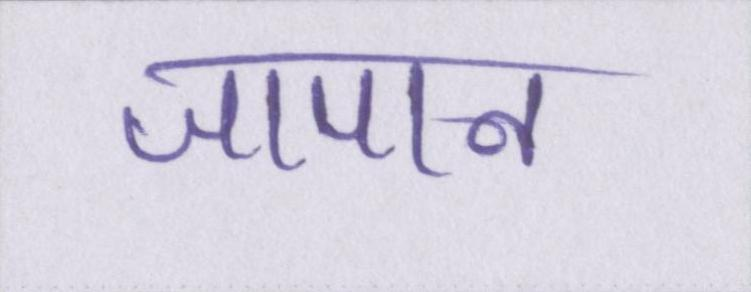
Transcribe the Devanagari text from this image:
जापान